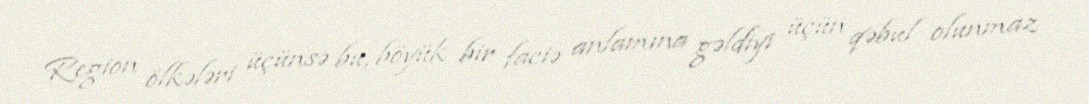
Region ölkələri üçünsə bu, böyük bir faciə anlamına gəldiyi üçün qəbul olunmaz